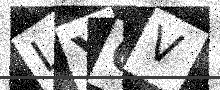
Text: LYQV